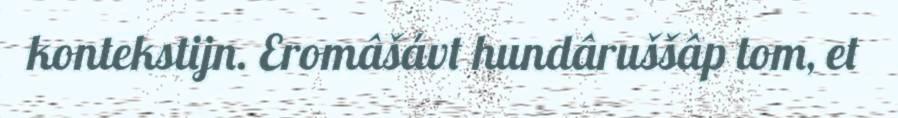
kontekstijn. Eromâšávt hundâruššâp tom, et